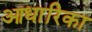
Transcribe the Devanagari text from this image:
आधारिका